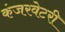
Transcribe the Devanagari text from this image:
कंजरवेटरी